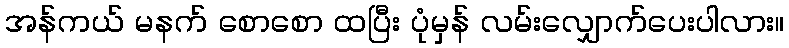
အန်ကယ် မနက် စောစော ထပြီး ပုံမှန် လမ်းလျှောက်ပေးပါလား။